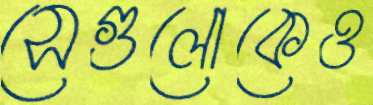
সেগুলোকেও